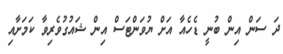
ދަ ސަން އިން ބުނީ ޑެހެއާ އަށް ޔުވަންޓަސް އިން ޝައުގުވެރިވާ ކަމަށާއި